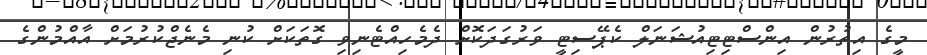
މީގެ އިތުރުން އިންސްޓިޓިއުޝަނަލް ކެޕޭސިޓީ ވަރުގަދަކޮށް ދެމެހިއްޓެނިވި ގޮތަކަށް ކުނި މެނެޖްކުރުމަށް އާއްމުންގެ